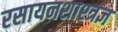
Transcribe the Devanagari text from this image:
रसायनशाश्त्रज्ञ